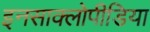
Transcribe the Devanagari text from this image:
इनसाक्लोपीडिया